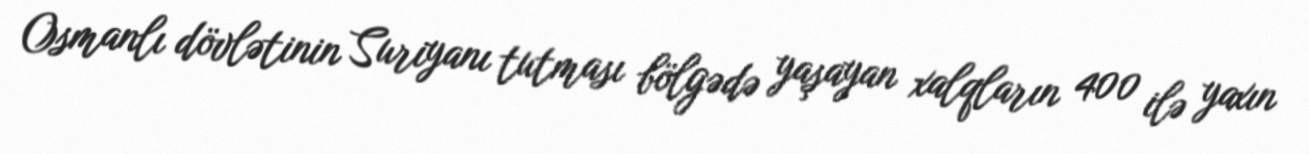
Osmanlı dövlətinin Suriyanı tutması bölgədə yaşayan xalqların 400 ilə yaxın